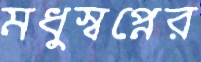
মধুস্বপ্নের